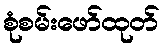
စုံစမ်းဖော်ထုတ်